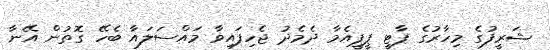
ޝަރީފުގެ މިހާރުގެ ޕާޓީ ޕީޕީއެމާ ދެމެދު ޖެހިފައިވާ މައްސަލައާ ބެހޭ ގޮތުން އޭނާ